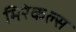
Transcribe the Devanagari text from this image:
मिरेकल्स